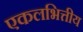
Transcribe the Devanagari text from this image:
एकलभित्तीय